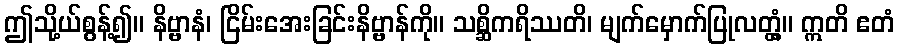
ဤသို့ယ်စွန့်၍။ နိဗ္ဗာနံ၊ ငြိမ်းအေးခြင်းနိဗ္ဗာန်ကို။ သစ္ဆိကရိဿတိ၊ မျက်မှောက်ပြုလတ္တံ့။ ဣတိ ဧတံ